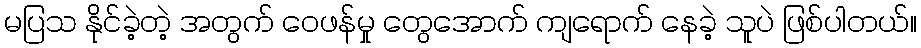
မပြသ နိုင်ခဲ့တဲ့ အတွက် ဝေဖန်မှု တွေအောက် ကျရောက် နေခဲ့ သူပဲ ဖြစ်ပါတယ်။